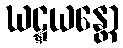
ဃဋ္ဋယန္တော